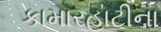
કામારહાટીના